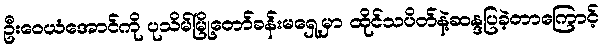
ဦးဝေယံအောင်ကို ပုသိမ်မြို့တော်ခန်းမရှေ့မှာ ထိုင်သပိတ်နဲ့ဆန္ဒပြခဲ့တာကြောင့်